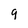
Character: 9